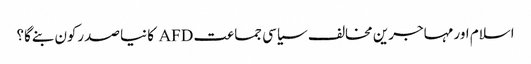
اسلام اور مہاجرین مخالف سیاسی جماعت AFD کا نیا صدرکون بنےگا؟